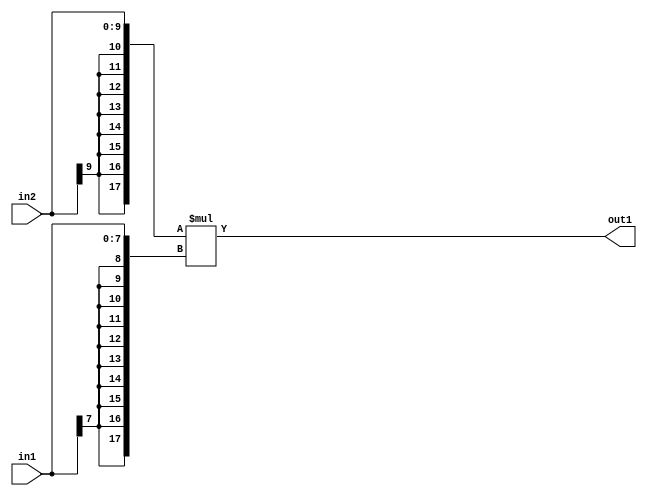
`timescale 1ps / 1ps
/*****************************************************************************
    Verilog RTL Description
    
    
    Created by: Stratus DpOpt 2019.1.01 
*******************************************************************************/

module mac_Mul_10Sx8S_18S_0 (
	in2,
	in1,
	out1
	); /* architecture "behavioural" */ 
input [9:0] in2;
input [7:0] in1;
output [17:0] out1;
wire [17:0] asc001;

assign asc001 = 
	+({{8{in2[9]}}, in2} * {{10{in1[7]}}, in1});

assign out1 = asc001;
endmodule

/* CADENCE  ubP2TQo= : u9/ySgnWtBlWxVPRXgAZ4Og= ** DO NOT EDIT THIS LINE ******/